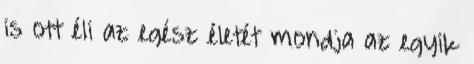
is ott éli az egész életét mondja az egyik